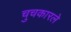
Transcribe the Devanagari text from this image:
चुचकारले